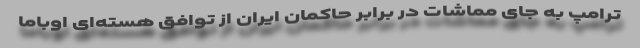
ترامپ به جای مماشات در برابر حاکمان ایران از توافق هسته‌ای اوباما